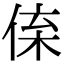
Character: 𠉪